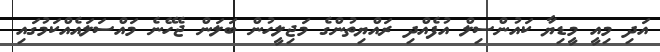
އަދި މިއީ މީޑިޔާ ކައުންސިލް އުފެއްދި ރައްޔިތުންގެ މަޖިލީހުން ބަލަން ޖެހޭނެ މައްސަލައެއްކަމުގައި